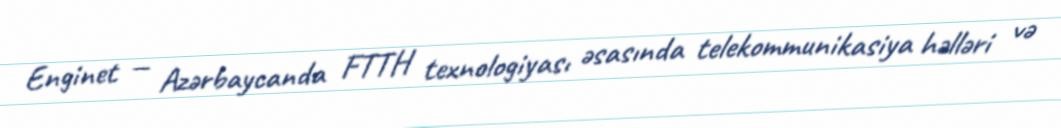
Enginet — Azərbaycanda FTTH texnologiyası əsasında telekommunikasiya həlləri və